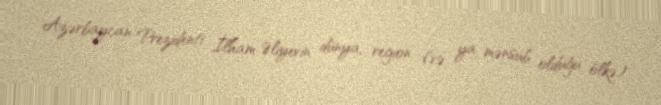
Azərbaycan Prezidenti İlham Əliyevin dünya, region (və ya mənsub olduğu ölkə)